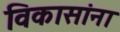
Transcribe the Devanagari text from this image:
विकासांना